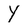
Character: Y